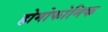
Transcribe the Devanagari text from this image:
होमोफोनिक